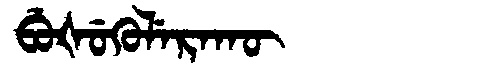
Manchu: ᠪᡠᡧᡠᡴᡠᠯᡝᡵᠠᡴᡡ
Romanization: BUŠUKULERAKŪ